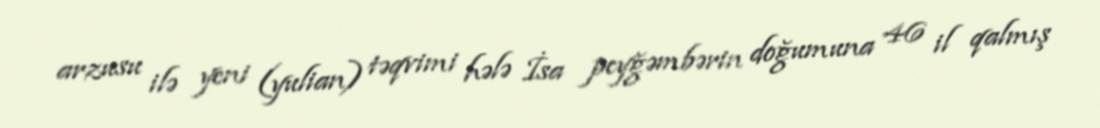
arzusu ilə yeni (yulian) təqvimi hələ İsa peyğəmbərin doğumuna 46 il qalmış